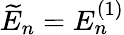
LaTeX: \widetilde{E}_{n}=E_{n}^{(1)}